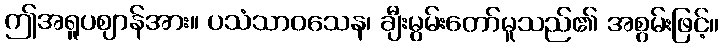
ဤအရူပဈာန်အား။ ပသံသာဝသေန၊ ချီးမွမ်းတော်မူသည်၏ အစွမ်းဖြင့်။